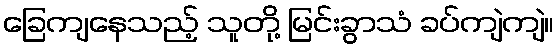
ခြေကျနေသည့် သူတို့ မြင်းခွာသံ ခပ်ကျဲကျဲ။